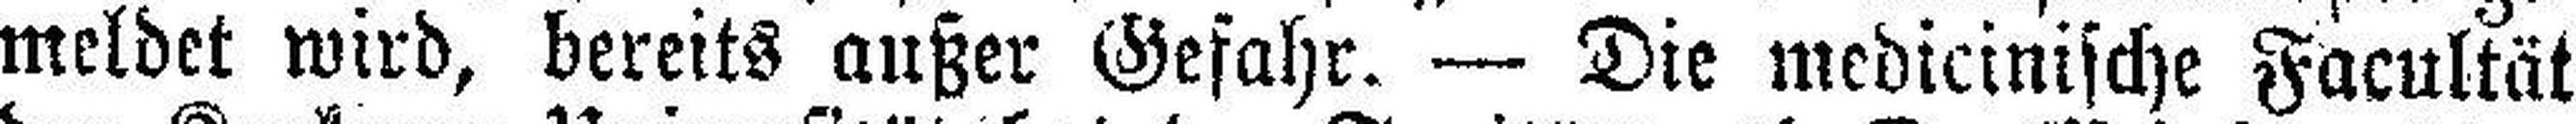
meldet wird, bereits außer Gefahr. — Die medicinische Facultät